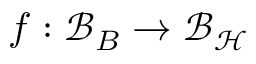
f : \mathcal { B } _ { B } \rightarrow \mathcal { B _ { H } }